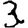
Digit: 3